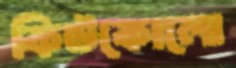
কিউকোলো